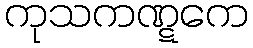
ကုသကဏ္ဋကေ